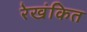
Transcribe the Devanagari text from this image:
रेखंकित